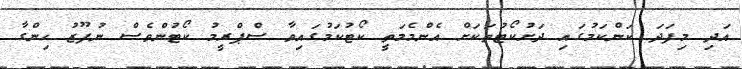
އަދި މިފަދަ ކަންކަމުގައި ދަށުކޯޓުތަކަށް އެންމެމަތީ ކޯޓުކަމުގައިވާ ސްޕްރީމު ކޯޓުންވެސް ނުފޫޒު ހިންގާ